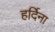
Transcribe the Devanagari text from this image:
हर्दिना